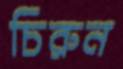
চিরুন